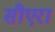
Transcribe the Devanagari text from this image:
सीएरा